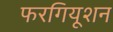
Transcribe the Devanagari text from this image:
फरगियूशन